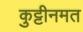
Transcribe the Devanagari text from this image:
कुट्टीनमत